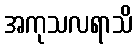
အကုသလရာသိ